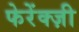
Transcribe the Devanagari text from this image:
फेरेंक्ज़ी